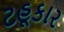
ટહૂકાર